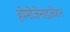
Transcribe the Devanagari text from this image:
होमोजेनाइज़ेशन